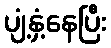
ပျံ့နှံ့နေပြီး